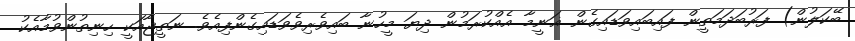
ބޭކަލުން) ފަރުބަދަމަތީން ފައިބައިވަޑައިގެން ޣަނީމާ އެއްކުރަމުން ދިޔަ މީހުނާ ބައިވެރިވެވަޑައިގެންފިއެވެ. ނަތީޖާއަކީ ހިނިތުންވުމާއެކު